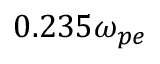
0 . 2 3 5 \omega _ { p e }